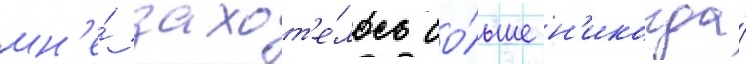
мн'е́ захот'е́лось бо́льше н'икогда́